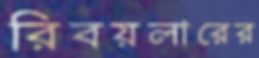
রিবয়লারের